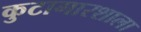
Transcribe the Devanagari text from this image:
कुटागारशाला